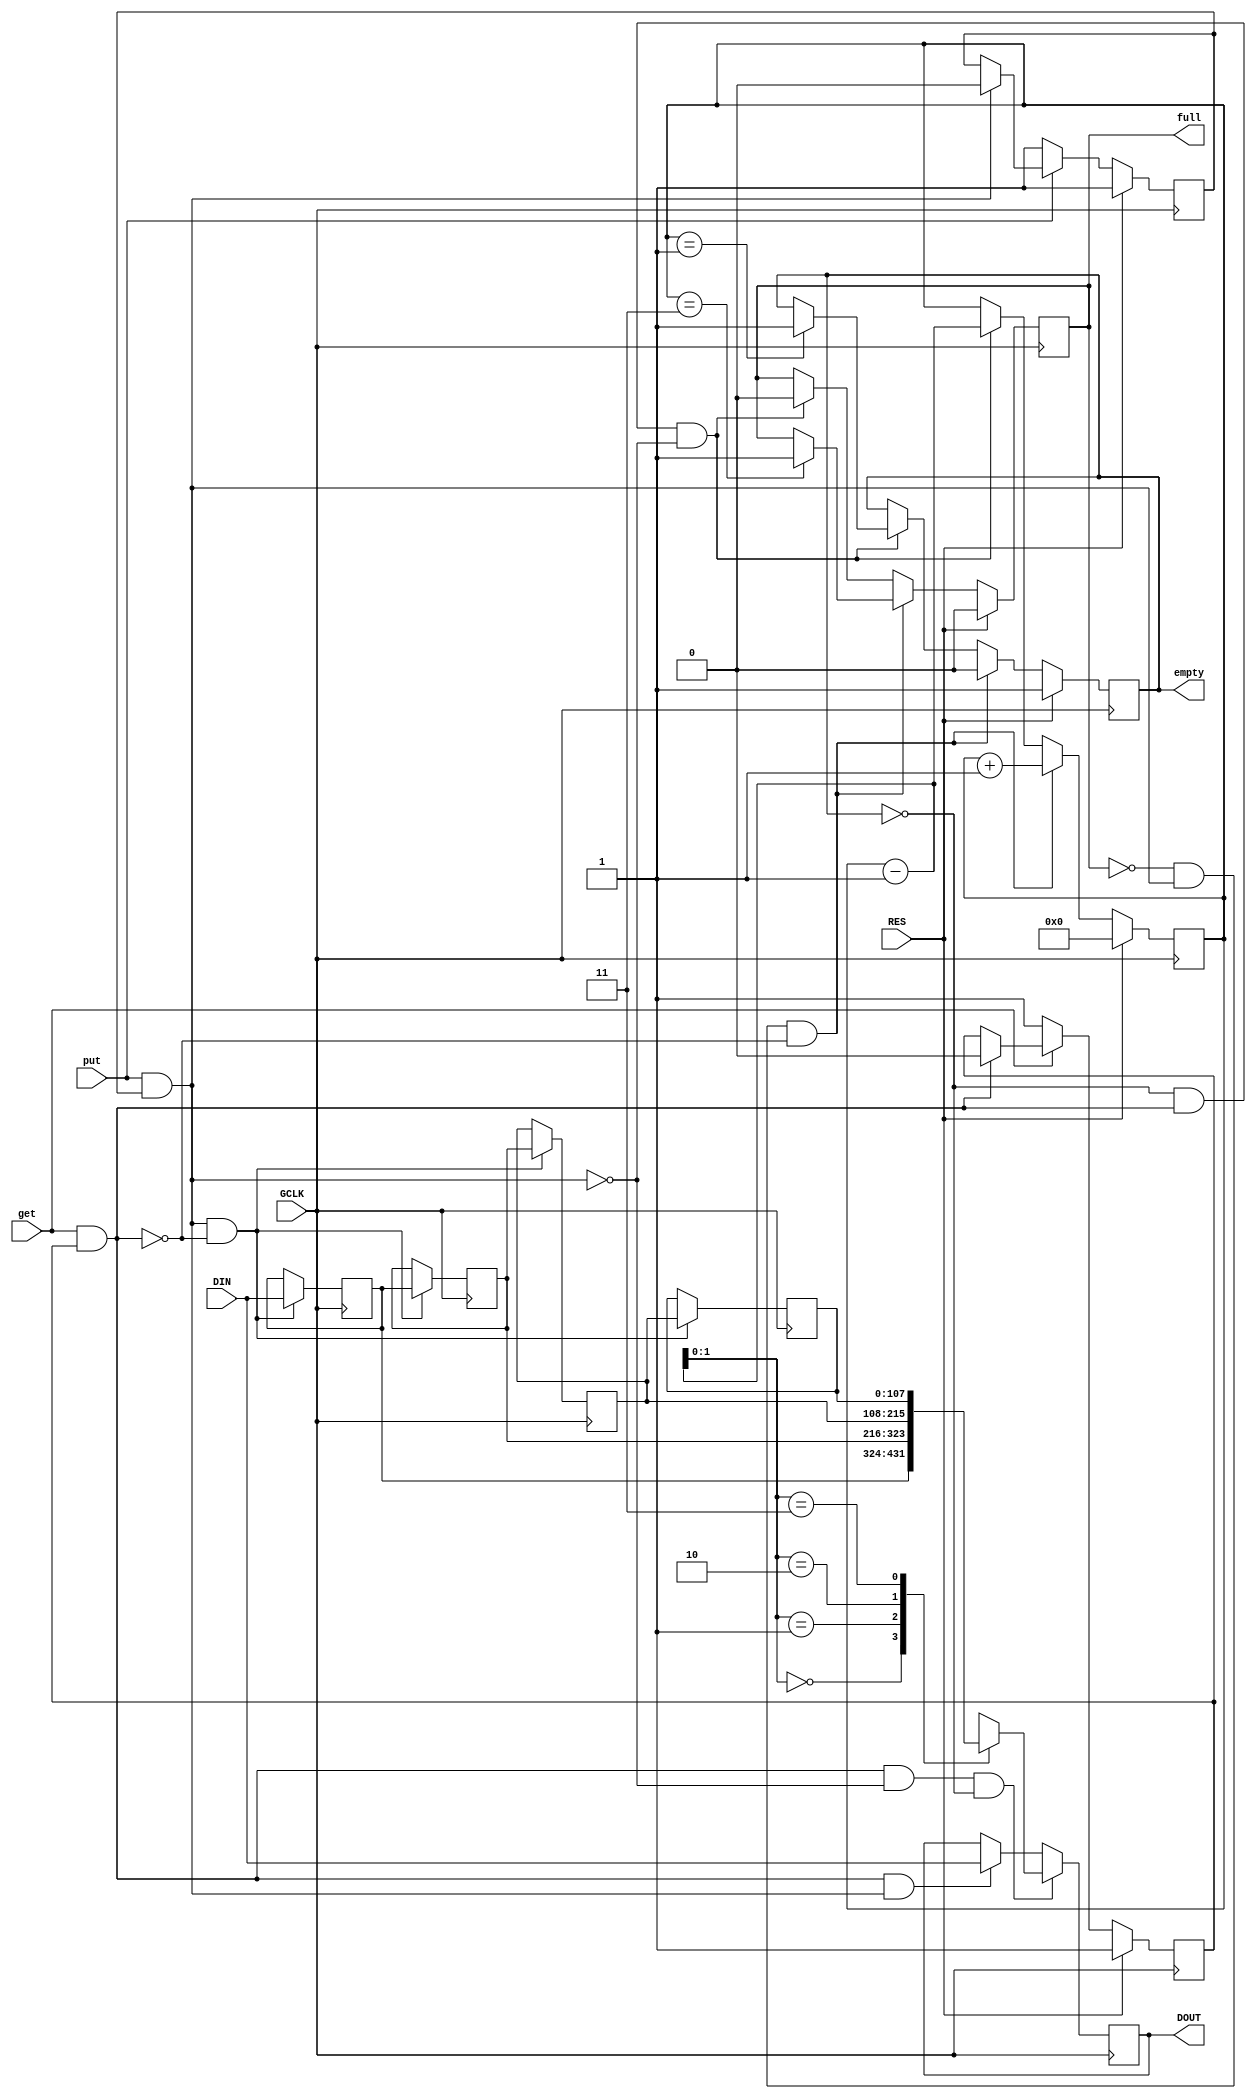
module queue #
    (
    parameter integer WIDTH = 108,
    parameter integer LENGTH = 4
    )
    (
    input wire GCLK,
    input wire RES,
    input wire get,
    input wire put,
    output reg full = 1'b0,
    output reg empty = 1'b1,
    input wire [WIDTH-1:0] DIN,
    output reg [WIDTH-1:0] DOUT
    );
    reg [WIDTH-1:0] q[0:LENGTH-1];
    reg [63:0] head = 64'd0; 
    reg get_release = 1'b1;
    reg put_release = 1'b1;
    wire to_get;
    wire to_put;
    assign to_get = get & get_release;
    assign to_put = put & put_release;
    always @(posedge GCLK) begin
        if (RES == 1'b1) begin
            get_release <= 1'b1;
        end
        else if (get == 1'b0) begin
            get_release <= 1'b1;
        end
        else if (to_get == 1'b1) begin
            get_release <= 1'b0;
        end
        if (RES == 1'b1) begin
            put_release <= 1'b1;
        end
        else if (put == 1'b0) begin
            put_release <= 1'b1;
        end
        else if (to_put == 1'b1) begin
            put_release <= 1'b0;
        end
    end
    integer i = 0;
    always @(posedge GCLK) begin
        if (to_put & !to_get) begin
            for (i = LENGTH - 1; i > 0; i = i - 1) begin
                q[i] <= q[i - 1];
            end
            q[0] <= DIN;
        end
        if (to_get &  !to_put & !empty) begin
            DOUT <= q[head - 64'd1];
        end
        else if (to_get & to_put) begin
            DOUT <= DIN;
        end
    end
    always @(posedge GCLK) begin
        if (RES == 1'b1) begin
            head <= 64'd0;
            full <= 1'b0;
            empty <= 1'b1;
        end
        else if (!full & to_put & !to_get) begin
            head <= head + 64'd1;
            empty <= 1'b0; 
            if (head == LENGTH - 1) begin
                full <= 1'b1;
            end
        end
        else if (!empty & to_get & !to_put) begin
            head <= head - 64'd1;
            full <= 1'b0; 
            if (head == 64'd1) begin
                empty <= 1'b1;
            end
        end
        else begin
            head <= head;
            full <= full;
            empty <= empty;
        end
    end
endmodule